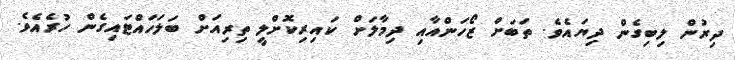
ދިރުން ލިބިގެން ދިޔައެވެ. ތަބަށް ޒޯހަންއާއި ދިމާލަށް ކައިރިކޮށްލީ ތިރިއަށް ބަލަހައްޓައިގެން ހުރެއެވެ.